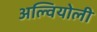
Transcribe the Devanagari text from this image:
अल्वियोली